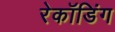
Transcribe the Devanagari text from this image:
रेकॉडिंग